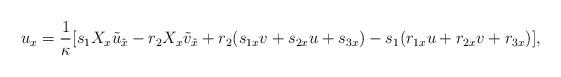
LaTeX: \begin{align*}u_x=\frac{1}{\kappa}[s_1X_x\tilde{u}_{\tilde{x}}-r_2X_x\tilde{v}_{\tilde{x}}+r_2(s_{1x}v+s_{2x}u+s_{3x})-s_1(r_{1x}u+r_{2x}v+r_{3x})],\end{align*}